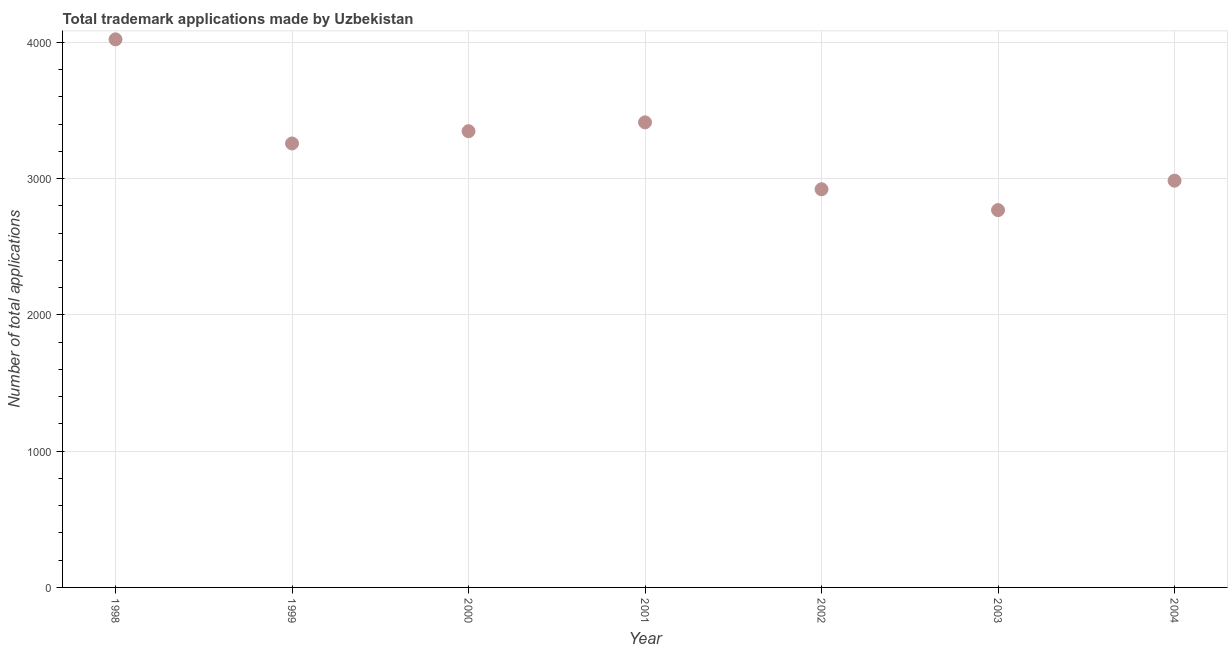
| Year | Trademark applications |
 | --- | --- |
 | 1998 | 4.02e+03 |
 | 1999 | 3.26e+03 |
 | 2000 | 3.35e+03 |
 | 2001 | 3.41e+03 |
 | 2002 | 2.92e+03 |
 | 2003 | 2.77e+03 |
 | 2004 | 2.98e+03 |